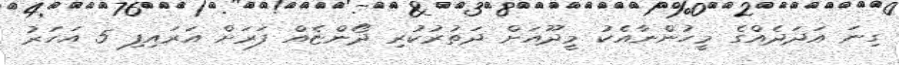
ގިނަ އަދަދެއްގެ މީހުންނާއެކު މީދޫއަށް ދަތުރުކުރި ދޯންޏެއް ފަރަށް އަރައިފި 5 އަހަރު